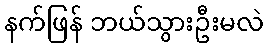
နက်ဖြန် ဘယ်သွားဦးမလဲ